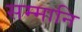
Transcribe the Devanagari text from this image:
सम्मानि